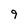
Character: 9